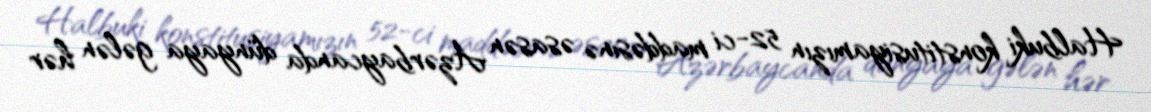
Halbuki konstitusiyamızın 52-ci maddəsinə əsasən Azərbaycanda dünyaya gələn hər